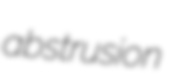
abstrusion